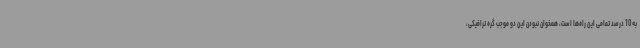
به 10 درصد تمامی این راه‌ها است، همخوان نبودن این دو موجب گره ترافیکی،